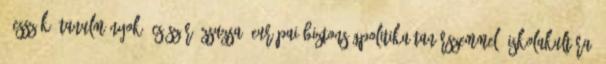
: esszék, tanulmányok. Császár, Zsuzsa: Európai biztonságpolitika tanárszemmel. Iskolakultúra,